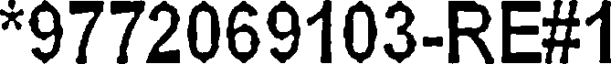
*9772069103-RE#1